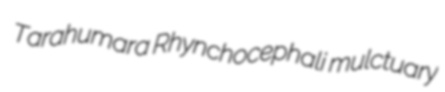
Tarahumara Rhynchocephali mulctuary